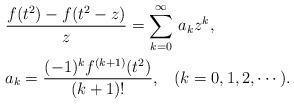
LaTeX: \begin{align*}{}& \frac{ f(t^2) -f(t^2-z) }{ z } = \sum_{k=0}^{\infty} \, a_k z^k, \\{}& a_k = \frac{ (-1)^k f^{(k+1)} (t^2) }{ (k+1)! }, \; \; \; (k=0,1,2, \cdots).\end{align*}